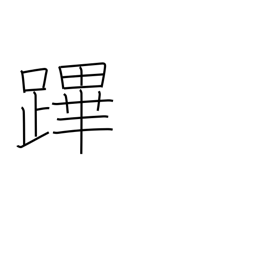
Meaning: one who preceeds king in procession